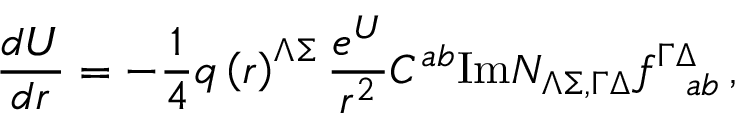
{ \frac { d { \cal U } } { d r } } = - { \frac { 1 } { 4 } } q \left( r \right) ^ { \Lambda \Sigma } { \frac { e ^ { \cal U } } { r ^ { 2 } } } C ^ { a b } \mathrm { I m } { \cal N } _ { \Lambda \Sigma , \Gamma \Delta } f _ { ~ ~ a b } ^ { \Gamma \Delta } \, ,